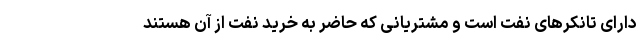
دارای تانکرهای نفت است و مشتریانی که حاضر به خرید نفت از آن هستند